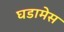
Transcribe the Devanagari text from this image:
घडामेस